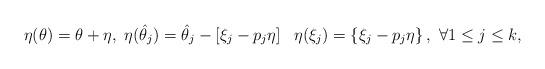
LaTeX: \begin{align*}{\eta}(\theta)=\theta+\eta,\ {\eta}(\hat{\theta}_{j})=\hat{\theta}_{j}-\left[\xi_{j}-p_{j}\eta\right]\ \ {\eta}({\xi}_{j})=\left\{\xi_{j}-p_{j}\eta\right\},\ \forall 1\leq j\leq k,\end{align*}